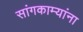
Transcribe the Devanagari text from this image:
सांगकाम्यांना